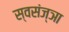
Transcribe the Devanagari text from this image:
स्वसंज्ञा